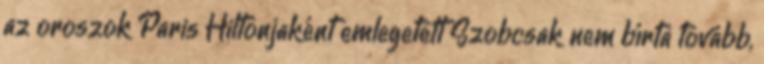
az oroszok Paris Hiltonjaként emlegetett Szobcsak nem bírta tovább,